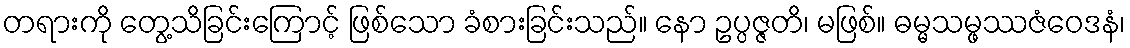
တရားကို တွေ့သိခြင်းကြောင့် ဖြစ်သော ခံစားခြင်းသည်။ နော ဥပ္ပဇ္ဇတိ၊ မဖြစ်။ ဓမ္မသမ္ဖဿဇံဝေဒနံ၊